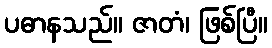
ပဓာနသည်။ ဇာတံ၊ ဖြစ်ပြီ။